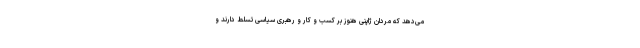
می‌دهد که مردان ژاپنی هنوز بر کسب و کار و رهبری سیاسی تسلط دارند و